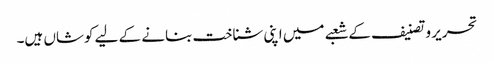
تحریر و تصنیف کے شعبے میں اپنی شناخت بنانے کے لیے کوشاں ہیں۔